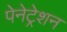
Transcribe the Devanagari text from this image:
पेनेट्रेशन